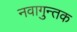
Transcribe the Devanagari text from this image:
नवागुन्तक